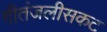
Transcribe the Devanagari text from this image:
गीतंजलीसकट